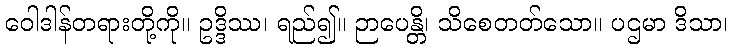
ဝေါဒါန်တရားတို့ကို။ ဥဒ္ဒိဿ၊ ရည်၍။ ဉာပေန္တိ၊ သိစေတတ်သော။ ပဌမာ ဒိသာ၊